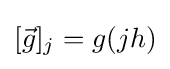
[{\vec {g}}]_{j}=g(jh)